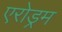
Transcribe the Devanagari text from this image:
एरोड्रम